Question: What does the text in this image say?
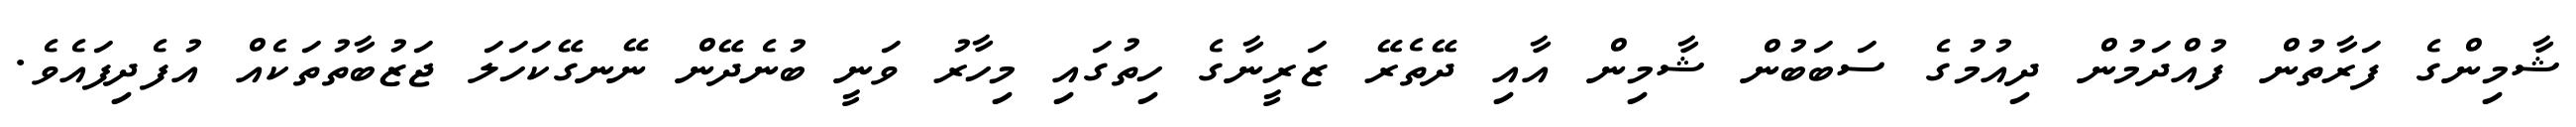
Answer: ޝާމިންގެ ފަރާތުން ފުއްދަމުން ދިއުމުގެ ސަބަބުން ޝާމިން އާއި ދޭތެރޭ ޒަރީނާގެ ހިތުގައި މިހާރު ވަނީ ބުނެދޭން ނޭނގޭކަހަލަ ޖަޒުބާތުތަކެއް އުފެދިފައެވެ.